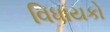
વિધાયકો